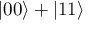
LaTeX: | 0 0 \rangle + | 1 1 \rangle